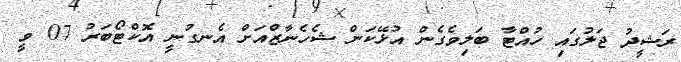
ރަޝީދު ޖަލުގައި ހުއްޓާ ބަލިވެގެން އުޅޭކަން ޝެހެނާޒްއަށް އެނގުނީ އޮކްޓޯބަރު 07 ވީ